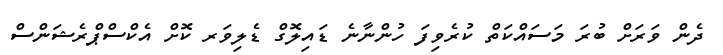
ދެން ވަރަށް ބުރަ މަސައްކަތް ކުރެވިފަ ހުންނާނެ ޑައިލޮގް ޑެލިވަރ ކޮށް އެކްސްޕްރެޝަންސް